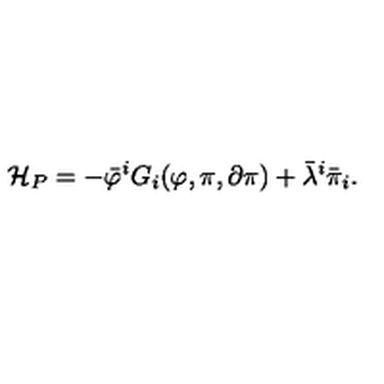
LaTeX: { \cal H } _ { P } = - \bar { \varphi } ^ { i } G _ { i } ( \varphi , \pi , \partial \pi ) + \bar { \lambda } ^ { i } \bar { \pi } _ { i } .